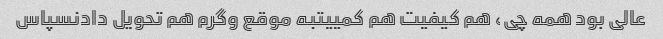
عالی بود همه چی، هم کیفیت هم کمییتبه موقع وگرم هم تحویل دادنسپاس